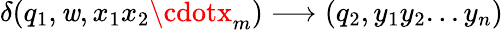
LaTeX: \delta(q_{1},\mathit{w},x_{1}x_{2}\cdotx_{m})\longrightarrow(q_{2},y_{1}y_{2}...y_{n})